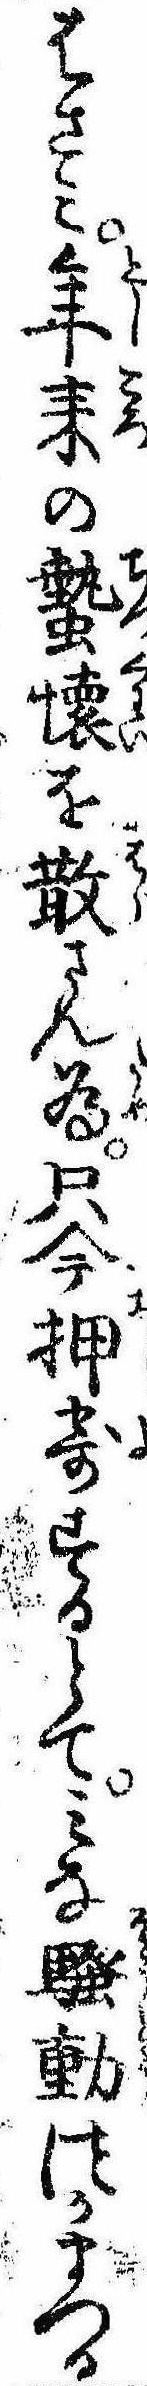
はさみ年耒の蟄懐を散さん為只今押寄するとてみな騒動つかまつる